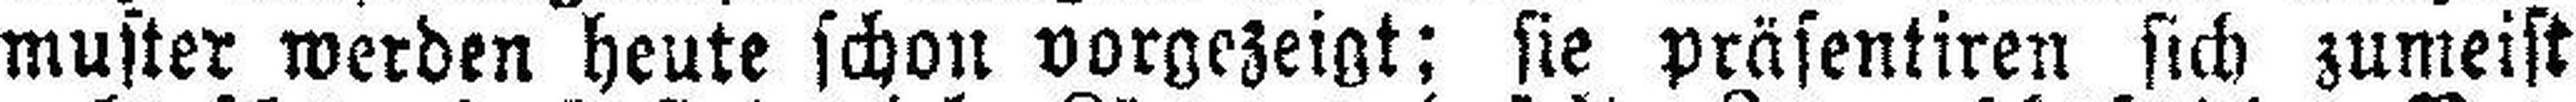
muster werden heute schon vorgezeigt; sie präsentiren sich zumeist